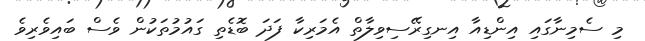
މި ސެމިނާގައި އިންޑިއާ އިނގިރޭސިވިލާތް އެމަރިކާ ފަދަ ބޮޑެތި ގައުމުތަކުން ވެސް ބައިވެރިވެ